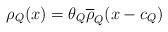
LaTeX: \begin{align*}\rho_Q(x)=\theta_Q\overline{\rho}_Q(x-c_Q)\end{align*}